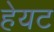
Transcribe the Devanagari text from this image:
हेयट